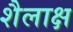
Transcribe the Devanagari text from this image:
शैलाक्ष